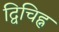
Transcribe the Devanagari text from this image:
द्विचिह्न